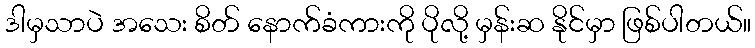
ဒါမှသာပဲ အသေး စိတ် နောက်ခံကားကို ပိုလို့ မှန်းဆ နိုင်မှာ ဖြစ်ပါတယ်။